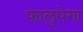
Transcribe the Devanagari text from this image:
फालुपेगा